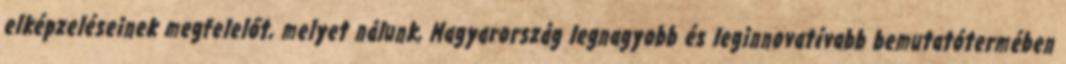
elképzeléseinek megfelelőt, melyet nálunk, Magyarország legnagyobb és leginnovatívabb bemutatótermében